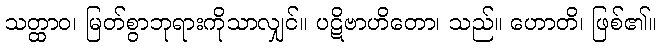
သတ္ထာဝ၊ မြတ်စွာဘုရားကိုသာလျှင်။ ပဋိဗာဟိတော၊ သည်။ ဟောတိ၊ ဖြစ်၏။